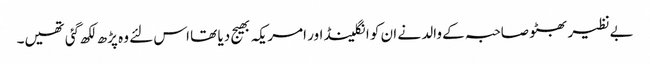
بےنظیر بھٹو صاحبہ کے والد نے ان کو انگلینڈ اور امریکہ بھیج دیا تھا اس لئے وہ پڑھ لکھ گئی تھیں۔